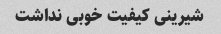
شیرینی کیفیت خوبی نداشت